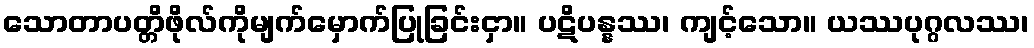
သောတာပတ္တိဖိုလ်ကိုမျက်မှောက်ပြုခြင်းငှာ။ ပဋိပန္နဿ၊ ကျင့်သော။ ယဿပုဂ္ဂလဿ၊